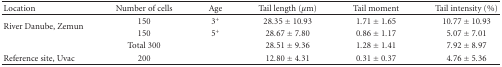
<table><thead><tr><td><b>Location</b></td><td><b>Number of cells</b></td><td><b>Age</b></td><td><b>Tail length (<i>μ</i>m)</b></td><td><b>Tail moment</b></td><td><b>Tail intensity (%)</b></td></tr></thead><tbody><tr><td rowspan="2">River Danube, Zemun</td><td>150</td><td>3<sup>+</sup></td><td>28.35 ± 10.93</td><td>1.71 ± 1.65</td><td>10.77 ± 10.93</td></tr><tr><td>150</td><td>5<sup>+</sup></td><td>28.67 ± 7.80</td><td>0.86 ± 1.17</td><td>5.07 ± 7.01</td></tr><tr><td></td><td>Total 300</td><td></td><td>28.51 ± 9.36</td><td>1.28 ± 1.41</td><td>7.92 ± 8.97</td></tr><tr><td>Reference site, Uvac</td><td>200</td><td></td><td>12.80 ± 4.31</td><td>0.31 ± 0.37</td><td>4.76 ± 5.36</td></tr></tbody></table>